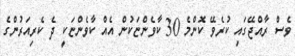
ވެސް ރާއްޖޭގައި ކުރެވޭ ކޮންމެ 30 ކާވެންޏަކުން އެއް ކާވެންޏަކީ ދެ ކެރިއަރުންގެ